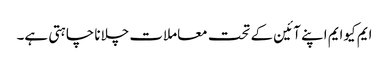
ایم کیوایم اپنے آئین کے تحت معاملات چلانا چاہتی ہے۔